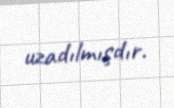
uzadılmışdır.